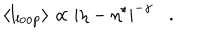
LaTeX: \langle l _ { \mathrm { l o o p } } \rangle \propto | \eta - \eta ^ { \star } | ^ { - \gamma } \, \, \, \, \, . \, \, \, \, \,